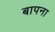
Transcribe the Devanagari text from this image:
बापना